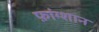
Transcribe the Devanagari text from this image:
फ़ांग्शान